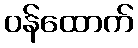
ဝန်ထောက်